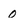
Character: 0